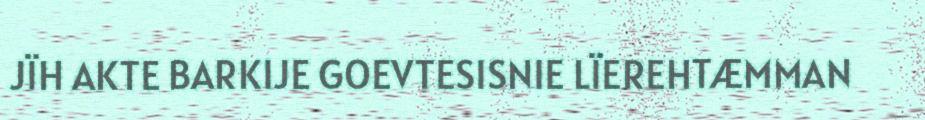
JÏH AKTE BARKIJE GOEVTESISNIE LÏEREHTÆMMAN